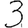
Digit: 3